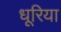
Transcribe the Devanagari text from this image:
धूरिया